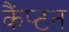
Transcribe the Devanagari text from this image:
कैंप्टन